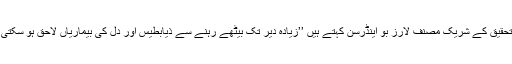
اس تحقیق کے شریک مصنف لارز بو اینڈرسن کہتے ہیں ’’زیادہ دیر تک بیٹھے رہنے سے ذیابطیس اور دل کی بیماریاں لاحق ہو سکتی ہیں۔